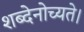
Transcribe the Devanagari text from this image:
शब्देनोच्यते।